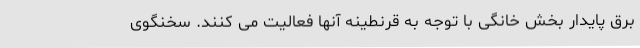
برق پایدار بخش خانگی با توجه به قرنطینه آنها فعالیت می کنند. سخنگوی